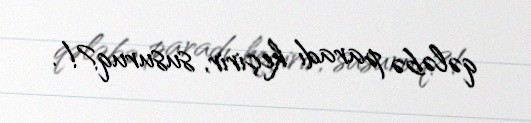
qələbə paradı keçirir, susuruq?!.